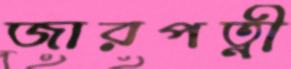
জারপত্নী